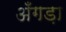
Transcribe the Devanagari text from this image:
अँगड़ा